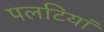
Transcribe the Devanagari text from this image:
पलटियां